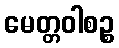
မေတ္တဝါစဉ္စ